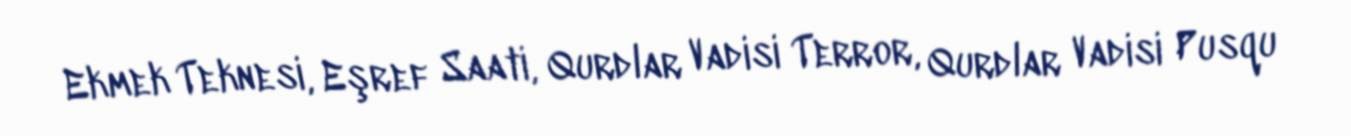
Ekmek Teknesi, Eşref Saati, Qurdlar Vadisi Terror, Qurdlar Vadisi Pusqu